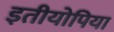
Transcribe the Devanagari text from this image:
इतीयोपिया